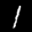
Label: 1